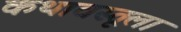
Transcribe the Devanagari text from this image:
कथावस्तूला